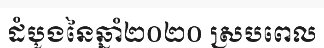
ដំបូងនៃឆ្នាំ២០២០ ស្របពេល